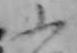
ふ